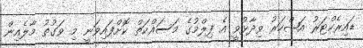
ޑައިރެކްޓަރު އަޝްހަރު ވިދާޅުވީ އެ ފިލްމުގެ މަސައްކަތް ކޮށްފައިވަނީ މި ވަގުތު މާލެއިން